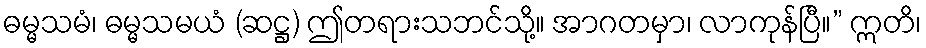
ဓမ္မသမံ၊ ဓမ္မသမယံ (ဆဋ္ဌ) ဤတရားသဘင်သို့။ အာဂတမှာ၊ လာကုန်ပြီ။” ဣတိ၊